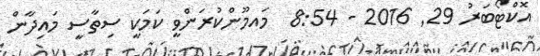
އޮކްޓޯބަރު 29